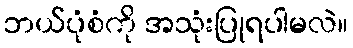
ဘယ်ပုံစံကို အသုံးပြုရပါမလဲ။